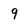
Character: 9